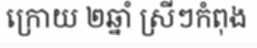
ក្រោយ ២ឆ្នាំ ស្រីៗកំពុង